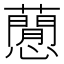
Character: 𧂡